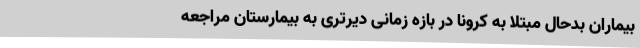
بیماران بدحال مبتلا به کرونا در بازه زمانی دیرتری به بیمارستان مراجعه